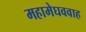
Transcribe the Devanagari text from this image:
महामेघववाह